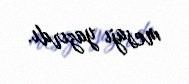
mesajı yazırdı.